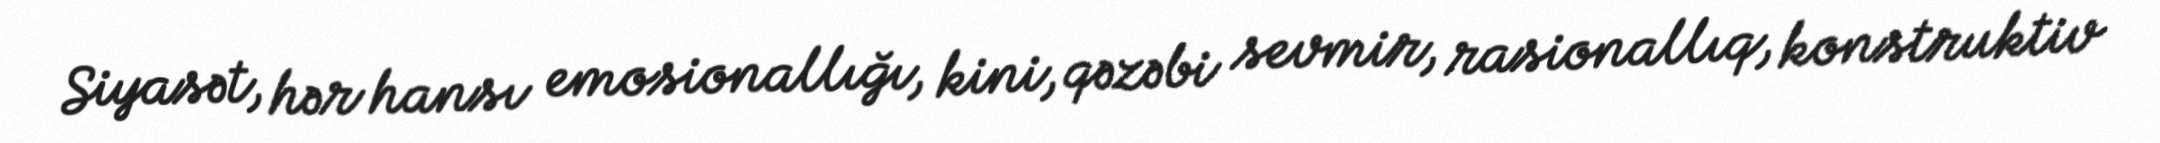
Siyasət, hər hansı emosionallığı, kini, qəzəbi sevmir, rasionallıq, konstruktiv